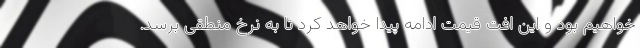
خواهیم بود و این افت قیمت ادامه پیدا خواهد کرد تا به نرخ منطقی برسد.